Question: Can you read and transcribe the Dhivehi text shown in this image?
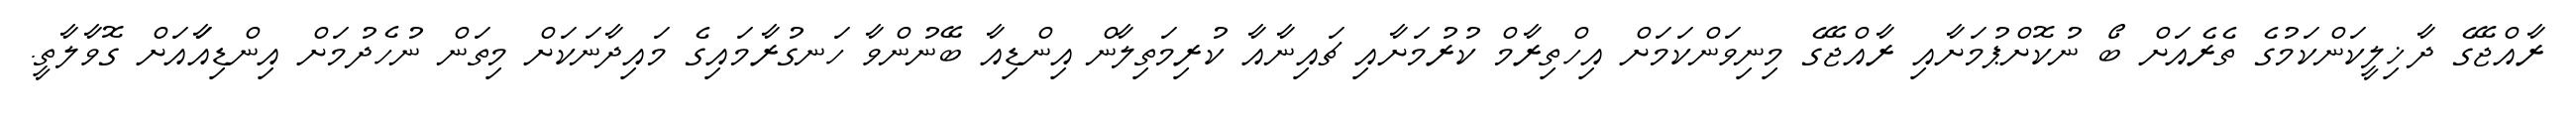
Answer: ރާއްޖޭގެ ދާޚިލީކަންކަމުގެ ތެރެއަށް ބޯ ނުކޮށްޕުމަށާއި ރާއްޖޭގެ މިނިވަންކަމަށް އިހްތިރާމް ކުރުމަށާއި ޗައިނާއާ ކުރިމަތިލާން އިންޑިއާ ބޭނުންވާ ހަނގުރާމައިގެ މައިދާނަކަށް މިތަން ނުހެދުމަށް އިންޑިއާައަށް ގޮވާލާތީ.